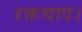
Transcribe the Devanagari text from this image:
रक्तचाप।